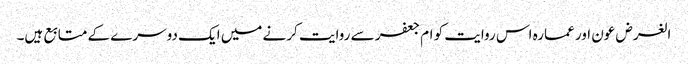
الغرض عون اور عمارہ اس روایت کو ام جعفر سے روایت کرنے میں ایک دوسرے کے متابع ہیں۔